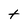
Character: t